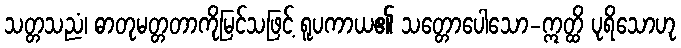
သတ္တသညံ၊ ဓာတုမတ္တတာကိုမြင်သဖြင့် ရူပကာယ၏ သတ္တောပေါသော-ဣတ္ထိ ပုရိသောဟု